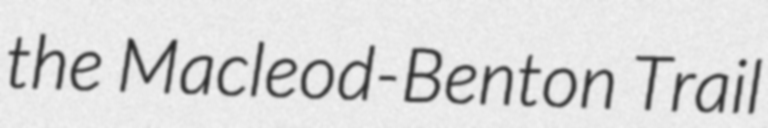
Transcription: the Macleod-Benton Trail